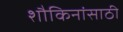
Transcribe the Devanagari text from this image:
शौकिनांसाठी